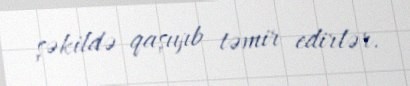
şəkildə qaşıyıb təmir edirlər.